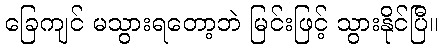
ခြေကျင် မသွားရတော့ဘဲ မြင်းဖြင့် သွားနိုင်ပြီ။